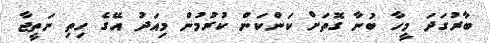
ބާރުގަދަ މީހާ ބުނާ ގޮތަށް ކަންކަން ކުރުމުން މިއަދު އޭގެ ހިތި ނަތީޖާ